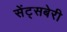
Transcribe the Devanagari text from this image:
सेंट्सबेरी